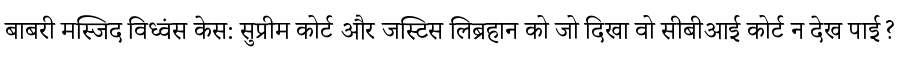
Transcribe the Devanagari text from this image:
बाबरी मस्जिद विध्वंस केस: सुप्रीम कोर्ट और जस्टिस लिब्रहान को जो दिखा वो सीबीआई कोर्ट न देख पाई?